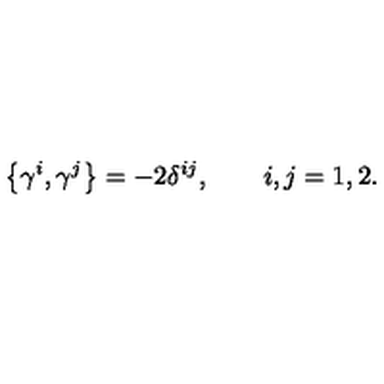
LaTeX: \left\{ \gamma ^ { i } , \gamma ^ { j } \right\} = - 2 \delta ^ { i j } , \qquad i , j = 1 , 2 .